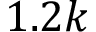
1 . 2 k